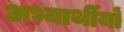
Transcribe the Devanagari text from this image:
अभ्यार्थीयों